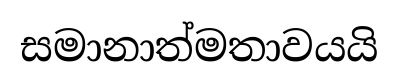
සමානාත්මතාවයයි